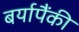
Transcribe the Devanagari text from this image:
बर्यापैंकी